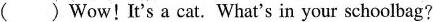
( ) Wow ! It's a cat. What's in your schoolbag?